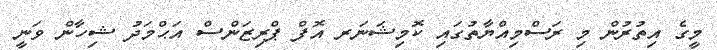
މީގެ އިތުރުން މި ރަސްމިއްޔާތުގައި ކޮމިޝަނަރ އޮފް ޕްރިޒަންސް އަޙްމަދު ޝިހާން ވަނީ